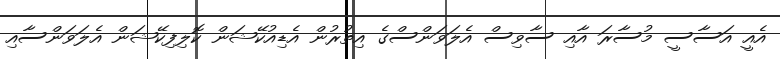
އެއީ އަސާސީ މުސާރަ އާއި ސާވިސް އެލަވަންސްގެ އިތުރުން އެޑިއުކޭޝަން ކޮލިފިކޭޝަން އެލަވަންސާއި